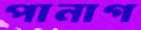
পানাগ